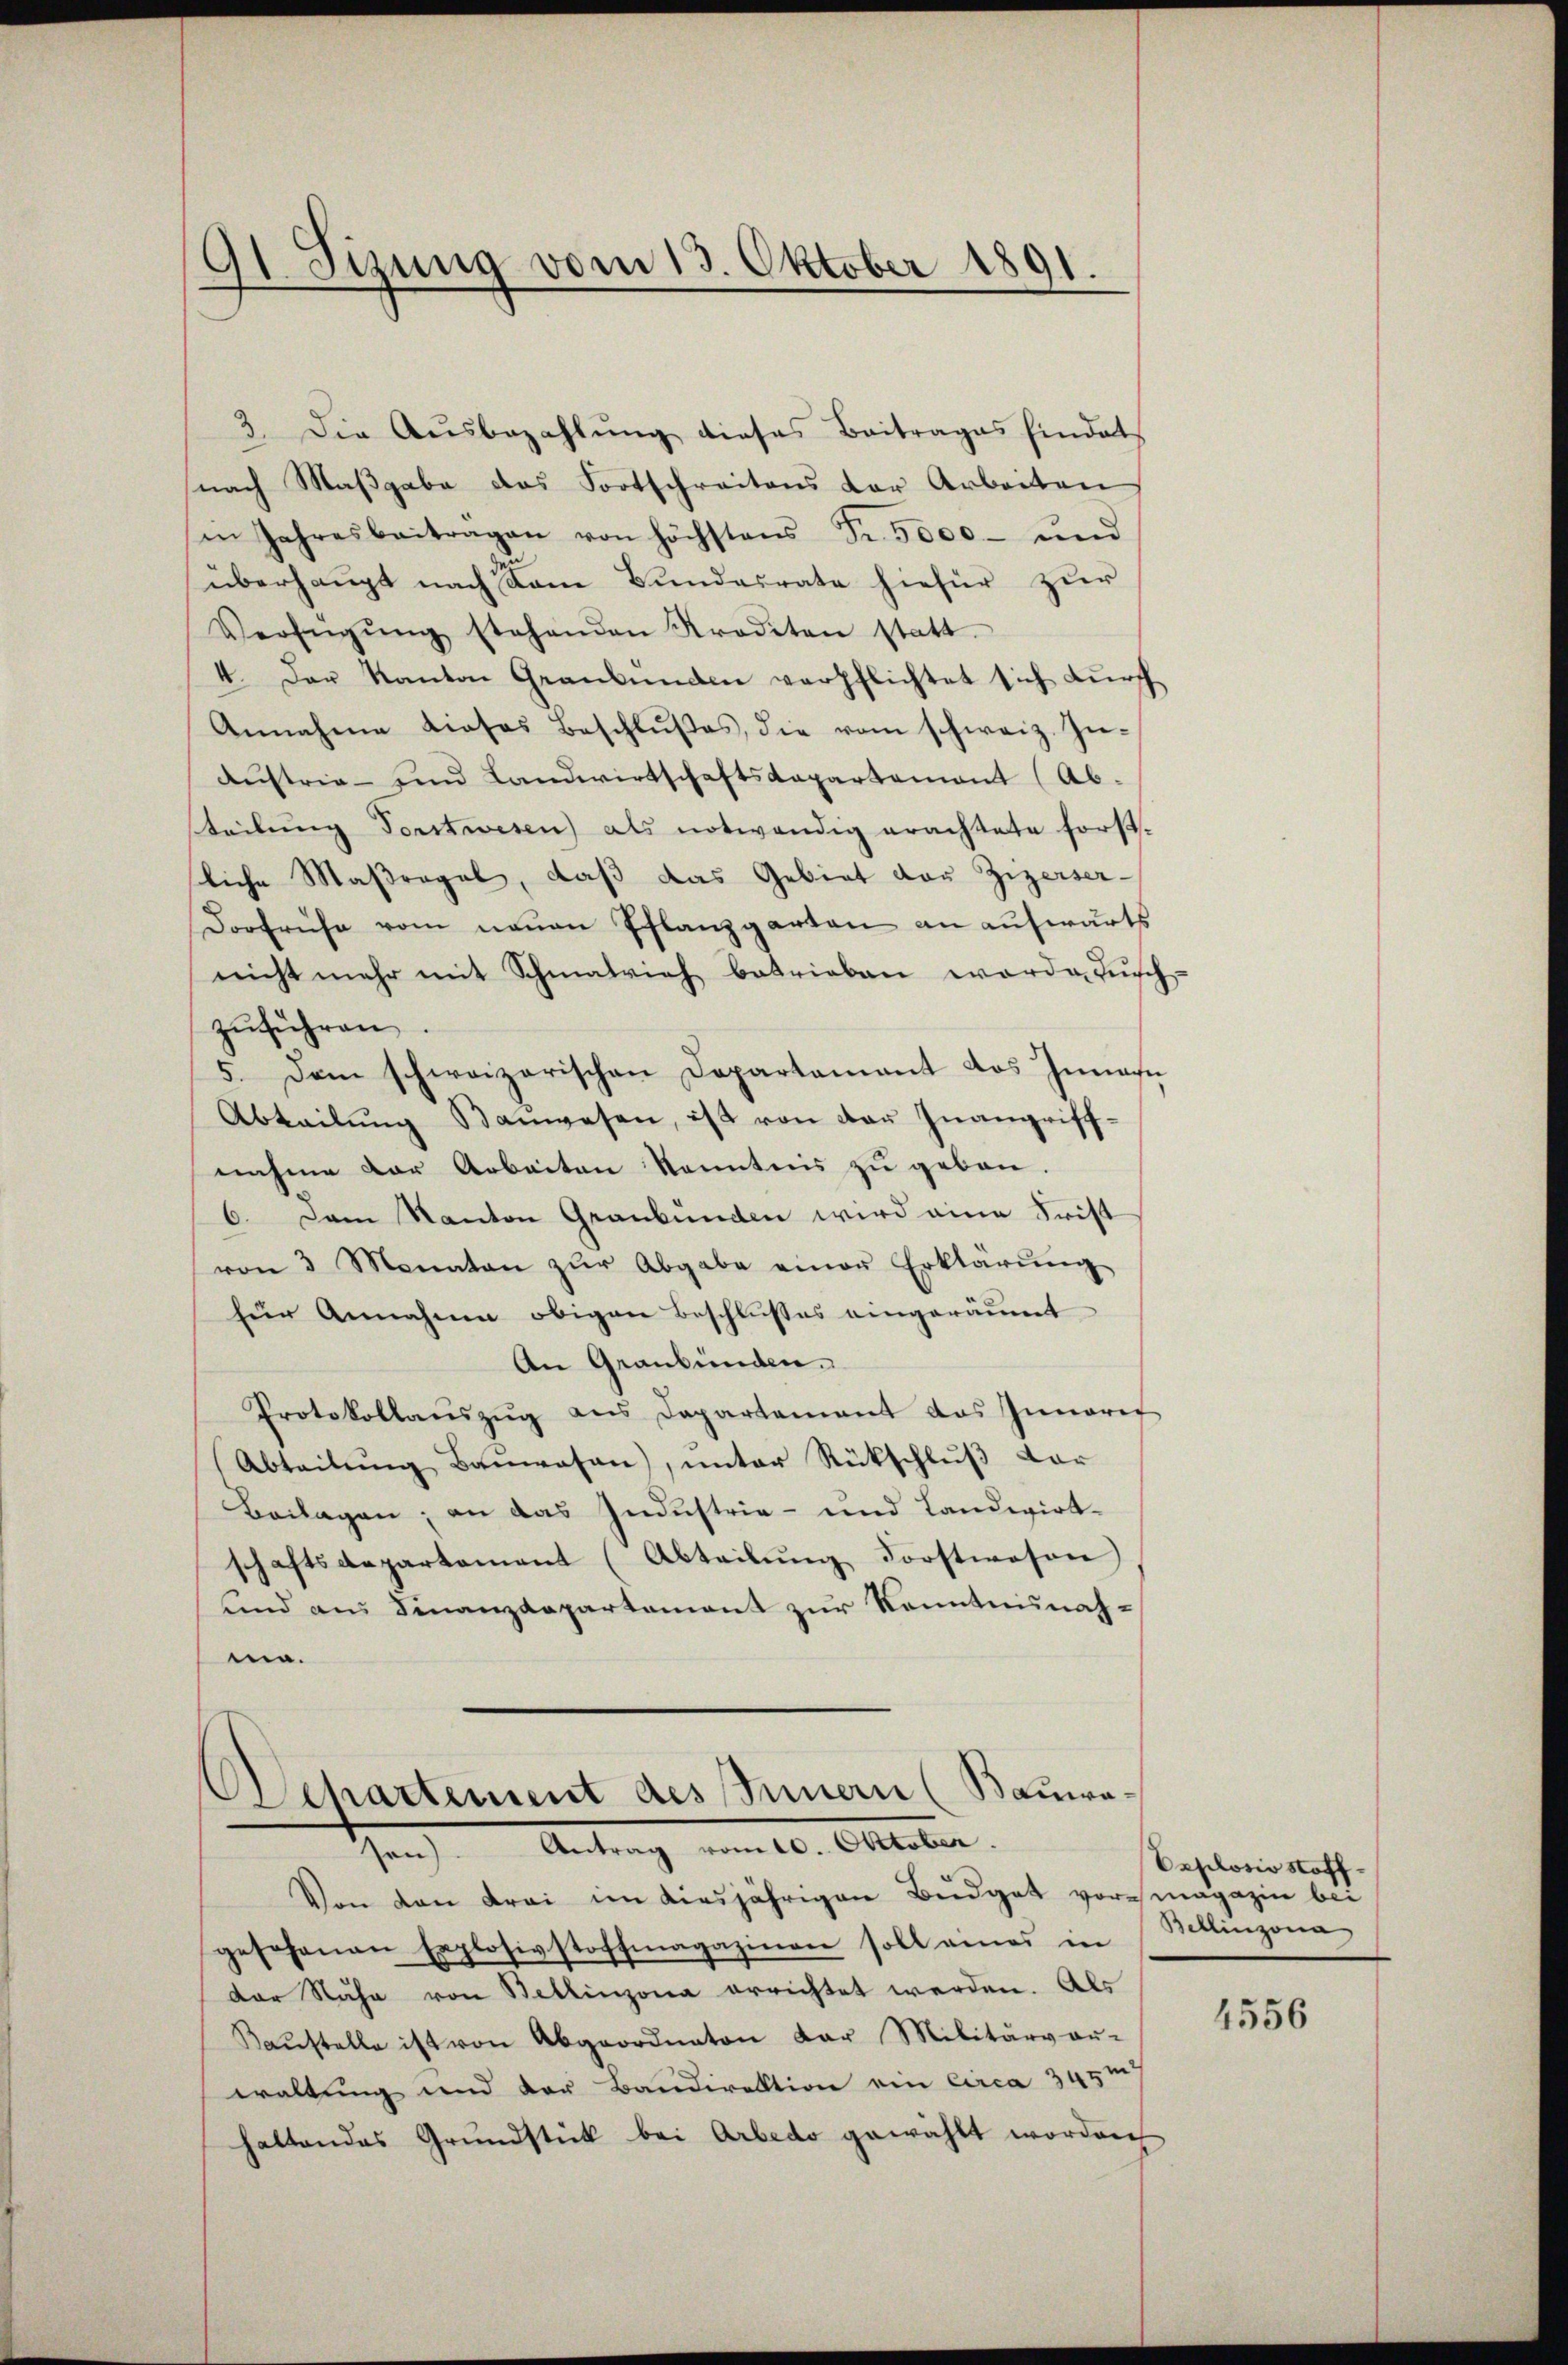
91 Sizung vom 13. Oktober 1891.

3. Die Aŭsbezahlŭng dieses Beitrages hindet
nach Maßgabe das Fortschreitens der Arbeiten
in Jahresbeitragen von höchstens Fr. 5000- ŭnd
überhaupt nach kam Bundesrate hiefür zur
Verfügŭng stehenden Strodeten statt.
4. Der Kanton Graubünden verpflichtet sich durch
Annahme dieses Beschlŭβes, die vom schweiz. In-
Austrie- und Landwirtschaftskapartement (Ab-
steilung Forstwesen) als notwendig erachtete Forstliche Maßregel, daß das Gebiet der Zizeiser-
Dorfrühe vom neuen Pflanzgarten an aufwärts
nicht mehr mit Schmalrich betrieben worde Tuch-
zŭführen.
5. Dem schweizerischen Departament das Innan
Abteilŭng Baŭwesen, ist von der Inangriff-
nahme der Arbeiten konntnis zu geben.
6. Dem Kanton Graubünden wird eine Frist
von 3 Monaten zŭr Abgabe einer Erklärŭng
für Annahme obigen Beschlusses eingeräumt
An Graubünden.
Protokollaŭszŭg ans Departement das Innere
Abteilŭng Baŭwesen), ŭnter Rückschlŭβ der
Beilagen; an das Industrie- und Landwirtschaftsdepartement (Abteilung Forstwesen
und aus Finanzdepartement zur Kenntnisnah-
ma.

Separtement des Innern (Bauwesen). Antrag vom 10. Oktober

Von den drei im diesjährigen Büdget vormagazin bei
gesohanen Explosivstoffmagazinen soll eines in
der Nähe von Bellinzona errichtet werden. Als
Kaŭstelle ist von Abgeordneten der Militärver-
waltung und der Bandirektion ein circa 343 m
haltendes Grŭndstück bei Arbedo gewählt worden

Explosio Stoff¬
Bellinzona

4556